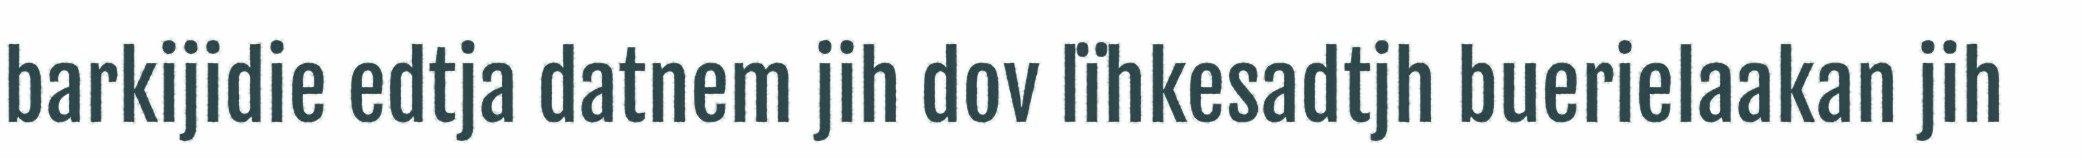
barkijidie edtja datnem jih dov lïhkesadtjh buerielaakan jih